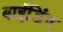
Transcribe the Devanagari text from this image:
बाईंडिंग